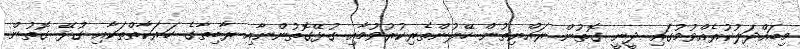
މިބައްދަލުކުރެއްވުމުގައި ދީނީ ގޮތުން ރައްޔިތުން ހޭލުންތެރިކުރުވުމާއި ގުޅޭގޮތުންނާއި ރާބިތާގެ ހަރަކާތްތަކާއި ގުޅޭ ގޮތުން